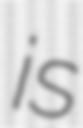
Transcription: is